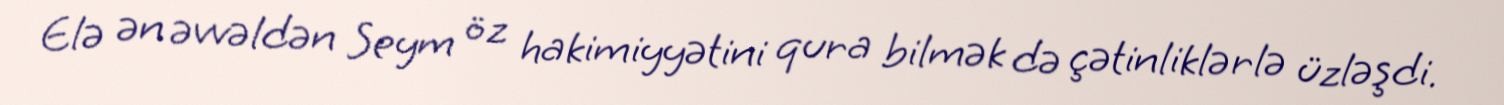
Elə ən əvvəldən Seym öz hakimiyyətini qura bilmək də çətinliklərlə üzləşdi.